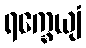
ရက္ခေယျံ